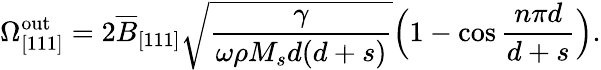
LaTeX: \Omega_{\mathrm{[111]}}^{\mathrm{out}}=2\overline{{B}}_{[111]}\sqrt{\frac{\gamma}{\omega\rho M_{s}d(d+s)}}\Big(1-\cos{\frac{n\pi d}{d+s}}\Big).